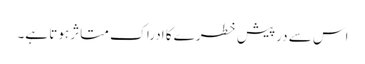
اس سے درپیش خطرے کا ادراک متاثر ہوتا ہے۔